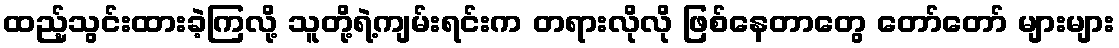
ထည့်သွင်းထားခဲ့ကြလို့ သူတို့ရဲ့ကျမ်းရင်းက တရားလိုလို ဖြစ်နေတာတွေ တော်တော် များများ